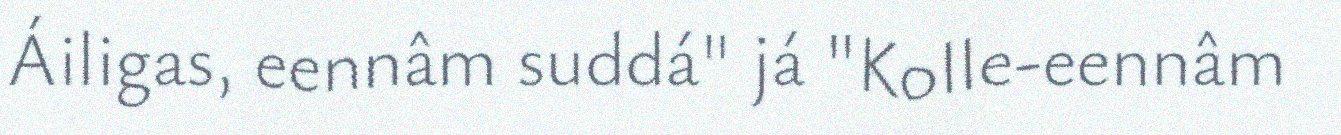
Áiligas, eennâm suddá" já "Kolle-eennâm